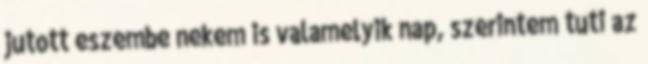
jutott eszembe nekem is valamelyik nap, szerintem tuti az